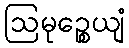
ဩမုဉ္စေယျံ